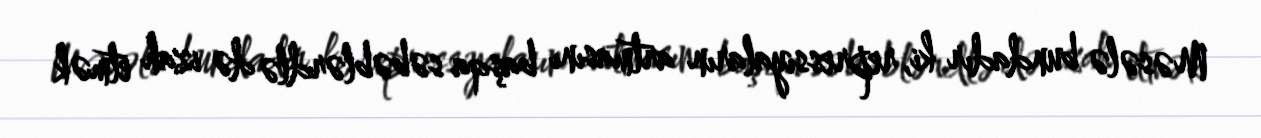
Məsələ bundadır ki, repressiyaların artmasını başqa səbəblərdlə də izah etmək